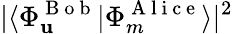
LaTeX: |\langle{\Phi_{\mathbf{u}}^{\mathrm{{~B~o~b~}}}}|{\Phi_{m}^{\mathrm{{~A~l~i~c~e~}}}}\rangle|^{2}